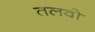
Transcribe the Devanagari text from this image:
तलवो